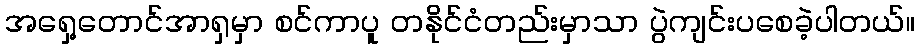
အရှေ့တောင်အာရှမှာ စင်ကာပူ တနိုင်ငံတည်းမှာသာ ပွဲကျင်းပစေခဲ့ပါတယ်။